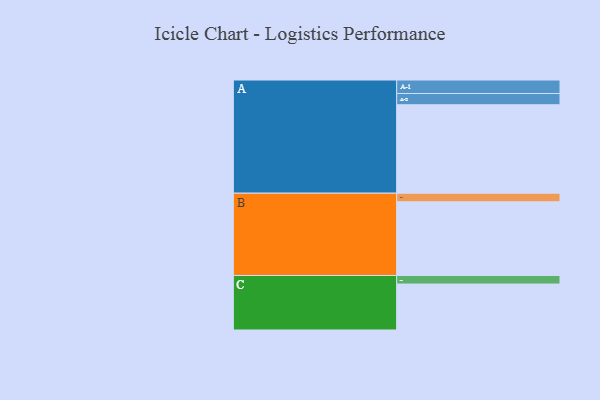
{"axis": {"x": "Segment", "y": "Value"}, "legend": ["", "A", "B", "C"], "data": [{"x": "A", "y": 589, "type": ""}, {"x": "B", "y": 491, "type": ""}, {"x": "C", "y": 306, "type": ""}, {"x": "A-1", "y": 90, "type": "A"}, {"x": "A-2", "y": 75, "type": "A"}, {"x": "B-1", "y": 57, "type": "B"}, {"x": "C-1", "y": 57, "type": "C"}]}